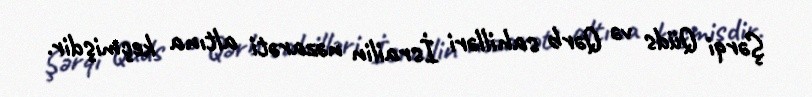
Şərqi Qüds və Qərb sahilləri İsrailin nəzarəti altına keçmişdir.